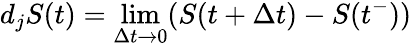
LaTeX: d_{j}S(t)=\operatorname*{lim}_{\Delta t\to 0}(S(t+\Delta t)-S(t^{-}))